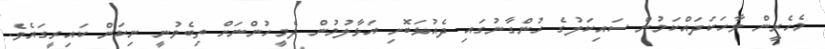
މެހެރީން ވާހަކަދައްކަމުން ސައިކަލުގެ ހުންގާނުގައި ދެއުޅަބޮށި އަޅާލުމުން ދެމީހުންނަށް ތިބެވުނީ ނިކަން ކައިރީގައެވެ.